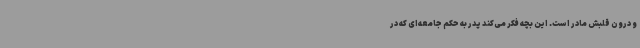
و درون قلبش مادر است. این بچه فکر می‌کند پدر به حکم جامعه‌ای که در